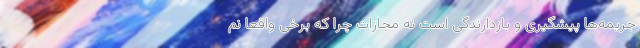
جریمه‌ها پیشگیری و بازدارندگی است نه مجازات چرا که برخی واقعاً نم